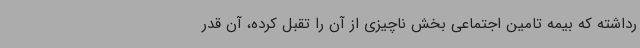
رداشته که بیمه تامین اجتماعی بخش ناچیزی از آن را تقبل کرده، ‌آن‌ قدر